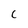
Character: c